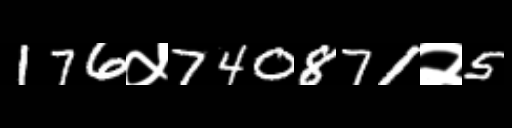
Text: 176५740871२5